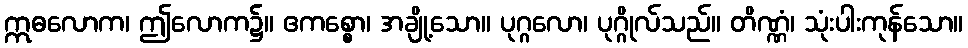
ဣဓလောက၊ ဤလောက၌။ ဧကစ္စော၊ အချို့သော။ ပုဂ္ဂလော၊ ပုဂ္ဂိုလ်သည်။ တိဏ္ဏံ၊ သုံးပါးကုန်သော။